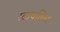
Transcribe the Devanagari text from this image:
स्टायलिस्ट